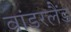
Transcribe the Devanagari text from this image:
वांडरलैंड